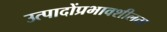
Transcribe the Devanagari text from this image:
उत्पादोंप्रभावशीलता